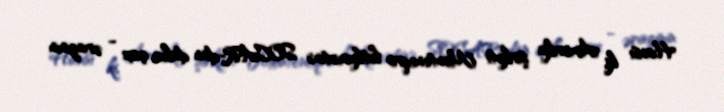
Hansı ki, Amerika şirkəti Monteneqro hökumətinə SOCAR-dan daha çox - ərazinin